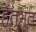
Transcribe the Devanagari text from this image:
हेतुभूत